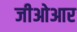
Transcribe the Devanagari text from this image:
जीओआर